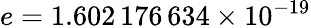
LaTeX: e=1.602\, 176\, 634\times 10^{-19}